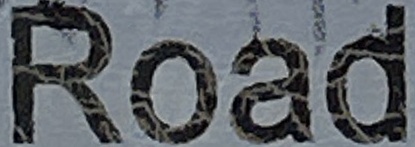
Rad